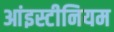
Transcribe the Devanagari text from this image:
आंइस्टीनियम